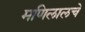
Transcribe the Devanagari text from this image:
मणिलालचे